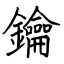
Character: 鑰